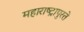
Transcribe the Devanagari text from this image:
महाराष्ट्रापुरते